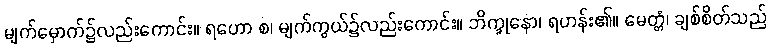
မျက်မှောက်၌လည်းကောင်း။ ရဟော စ၊ မျက်ကွယ်၌လည်းကောင်း။ ဘိက္ခုနော၊ ရဟန်း၏။ မေတ္တံ၊ ချစ်စိတ်သည်